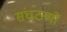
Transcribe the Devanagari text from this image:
संघठणों